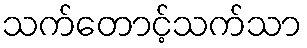
သက်တောင့်သက်သာ